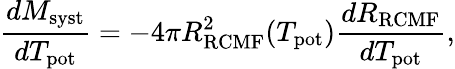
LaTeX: \frac{dM_{\mathrm{syst}}}{dT_{\mathrm{pot}}}=-4\pi R_{\mathrm{RCMF}}^{2}(T_{\mathrm{pot}})\frac{dR_{\mathrm{RCMF}}}{dT_{\mathrm{pot}}},